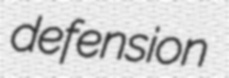
defension